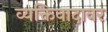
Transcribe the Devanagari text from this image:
व्यक्तिवादावर